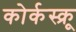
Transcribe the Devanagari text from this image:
कोर्कस्क्रू